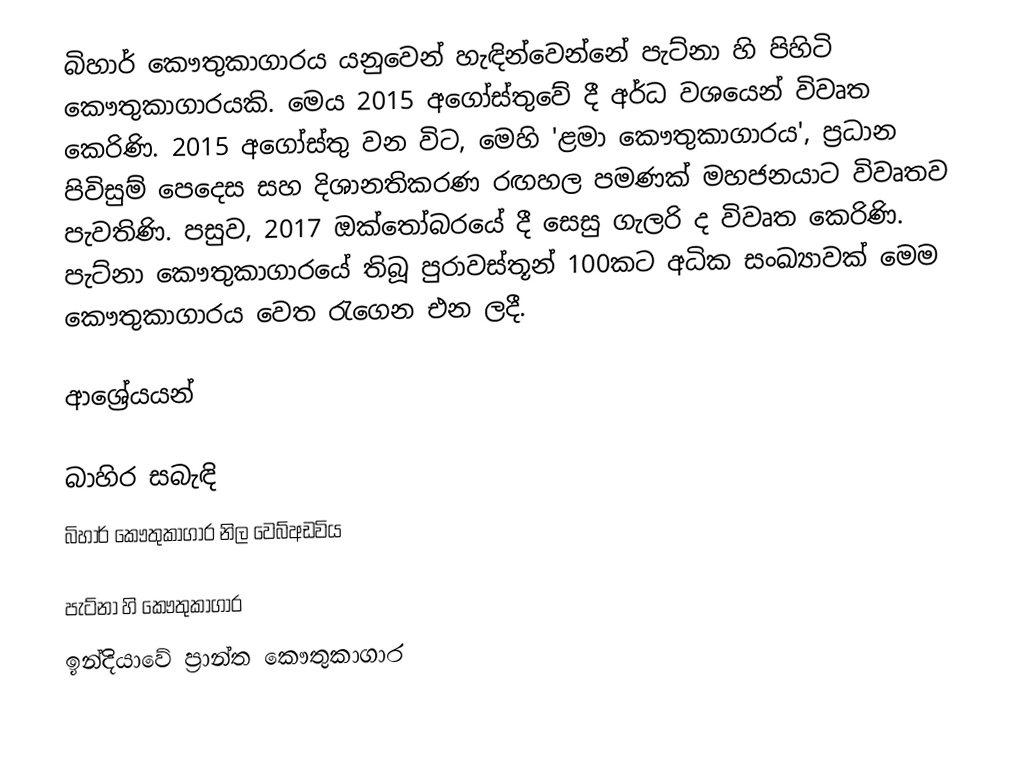
බිහාර් කෞතුකාගාරය යනුවෙන් හැඳින්වෙන්නේ පැට්නා හි පිහිටි කෞතුකාගාරයකි. මෙය 2015 අගෝස්තුවේ දී අර්ධ වශයෙන් විවෘත කෙරිණි. 2015 අගෝස්තු වන විට, මෙහි 'ළමා කෞතුකාගාරය', ප්‍රධාන පිවිසුම් පෙදෙස සහ දිශානතිකරණ රඟහල පමණක් මහජනයාට විවෘතව පැවතිණි. පසුව, 2017 ඔක්තෝබරයේ දී සෙසු ගැලරි ද විවෘත කෙරිණි. පැට්නා කෞතුකාගාරයේ තිබූ පුරාවස්තූන් 100කට අධික සංඛ්‍යාවක් මෙම කෞතුකාගාරය වෙත රැගෙන එන ලදී.

ආශ්‍රේයයන්

බාහිර සබැඳි
 බිහාර් කෞතුකාගාර නිල වෙබ්අඩවිය

පැට්නා හි කෞතුකාගාර
ඉන්දියාවේ ප්‍රාන්ත කෞතුකාගාර